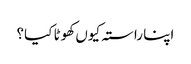
اپنا راستہ کیوں کھوٹا کیا؟